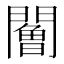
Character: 𨶧